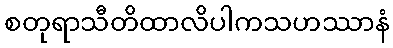
စတုရာသီတိထာလိပါကသဟဿာနံ